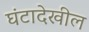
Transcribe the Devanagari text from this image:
घंटादेखील